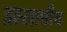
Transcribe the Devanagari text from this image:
इस्लामीच